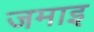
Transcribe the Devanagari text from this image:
जमाइ